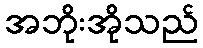
အဘိုးအိုသည်